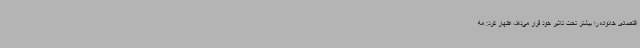
اقتصادی خانواده را بیشتر تحت تاثیر خود قرار می‌دهد، اظهار کرد: مه